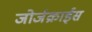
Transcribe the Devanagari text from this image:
जोर्जक्राईस